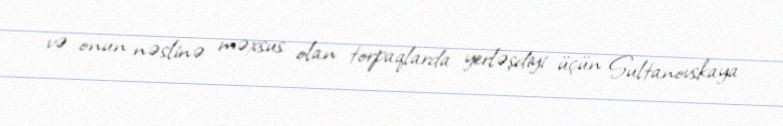
və onun nəslinə məxsus olan torpaqlarda yerləşdiyi üçün Sultanovskaya